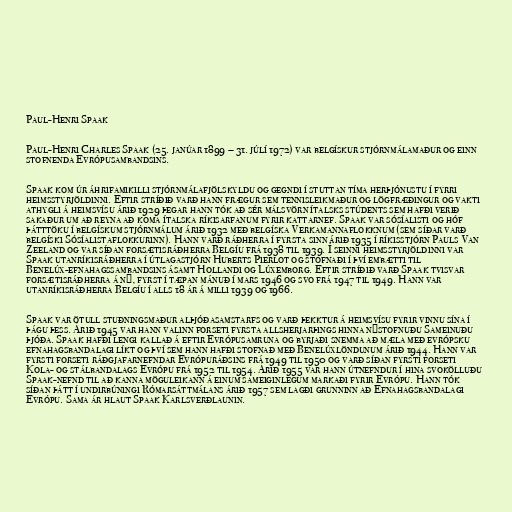
Paul-Henri Spaak

Paul-Henri Charles Spaak (25. janúar 1899 – 31. júlí 1972) var belgískur stjórnmálamaður og einn
stofnenda Evrópusambandsins.

Spaak kom úr áhrifamikilli stjórnmálafjölskyldu og gegndi í stuttan tíma herþjónustu í fyrri
heimsstyrjöldinni. Eftir stríðið varð hann frægur sem tennisleikmaður og lögfræðingur og vakti
athygli á heimsvísu árið 1929 þegar hann tók að sér málsvörn ítalsks stúdents sem hafði verið
sakaður um að reyna að koma ítalska ríkisarfanum fyrir kattarnef. Spaak var sósíalisti og hóf
þátttöku í belgískum stjórnmálum árið 1932 með belgíska Verkamannaflokknum (sem síðar varð
belgíski Sósíalistaflokkurinn). Hann varð ráðherra í fyrsta sinn árið 1935 í ríkisstjórn Pauls Van
Zeeland og var síðan forsætisráðherra Belgíu frá 1938 til 1939. Í seinni heimsstyrjöldinni var
Spaak utanríkisráðherra í útlagastjórn Huberts Pierlot og stofnaði í því embætti til
Benelúx-efnahagssambandsins ásamt Hollandi og Lúxemborg. Eftir stríðið varð Spaak tvisvar
forsætisráðherra á ný, fyrst í tæpan mánuð í mars 1946 og svo frá 1947 til 1949. Hann var
utanríkisráðherra Belgíu í alls 18 ár á milli 1939 og 1966.

Spaak var ötull stuðningsmaður alþjóðasamstarfs og varð þekktur á heimsvísu fyrir vinnu sína í
þágu þess. Árið 1945 var hann valinn forseti fyrsta allsherjarþings hinna nýstofnuðu Sameinuðu
þjóða. Spaak hafði lengi kallað á eftir Evrópusamruna og byrjaði snemma að mæla með evrópsku
efnahagsbandalagi líkt og því sem hann hafði stofnað með Benelúxlöndunum árið 1944. Hann var
fyrsti forseti ráðgjafarnefndar Evrópuráðsins frá 1949 til 1950 og varð síðan fyrsti forseti
Kola- og stálbandalags Evrópu frá 1952 til 1954. Árið 1955 var hann útnefndur í hina svokölluðu
Spaak-nefnd til að kanna möguleikann á einum sameiginlegum markaði fyrir Evrópu. Hann tók
síðan þátt í undirbúningi Rómarsáttmálans árið 1957 sem lagði grunninn að Efnahagsbandalagi
Evrópu. Sama ár hlaut Spaak Karlsverðlaunin.